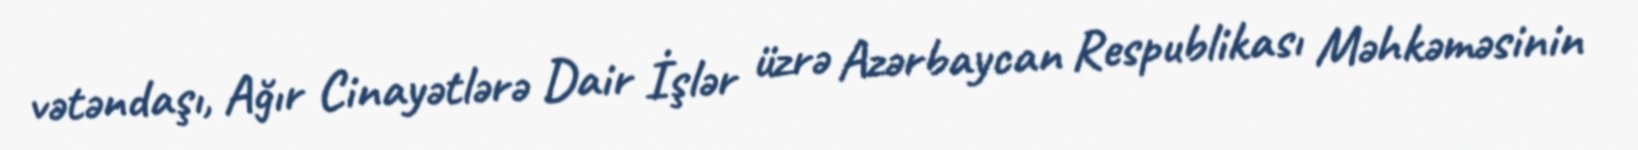
vətəndaşı, Ağır Cinayətlərə Dair İşlər üzrə Azərbaycan Respublikası Məhkəməsinin